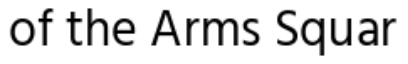
of the Arms Squar